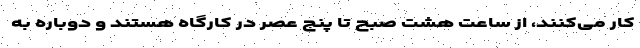
کار می‌کنند، از ساعت هشت صبح تا پنج عصر در کارگاه هستند و دوباره به